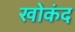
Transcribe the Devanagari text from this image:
खोकंद